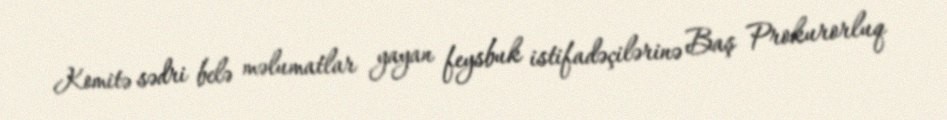
Komitə sədri belə məlumatlar yayan feysbuk istifadəçilərinə Baş Prokurorluq